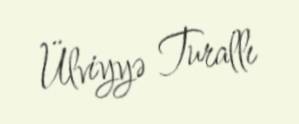
Ülviyyə Turallı